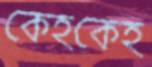
কেহকেহ